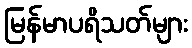
မြန်မာပရိသတ်များ